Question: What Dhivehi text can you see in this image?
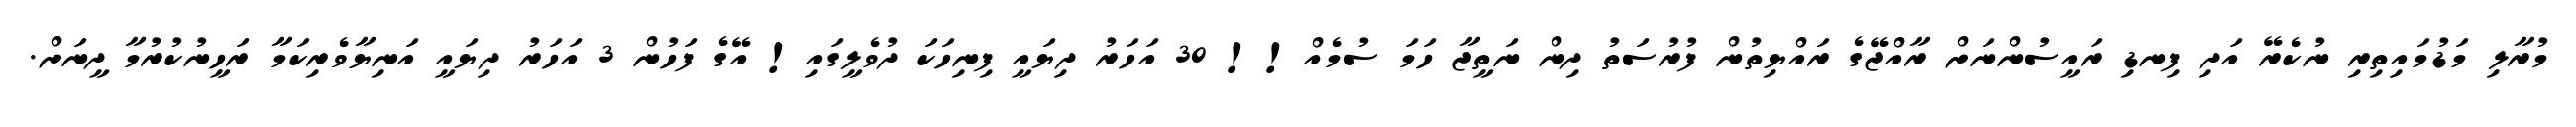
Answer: މުރާލި މަޑުމައިތިރި ނުކެރޭ އަދި ފިނޑި ރައީސުންނަށް ރާއްޖޭގެ ރައްޔިތުން ފުރުސަތު ދިން ނަތީޖާ ހަމަ ސުމެއް!! 30 އަހަރު ދިޔައީ ފިނިހަކަ ދުވެލީގައި! އޭގެ ފަހުން 3 އަހަރު ދިޔައީ އަނިޔާވެރިކަމާ ރަހީނުކުރުމާ ދީނަށް.